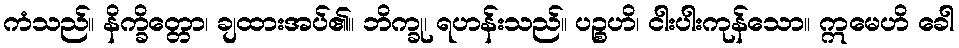
ကံသည်။ နိက္ခိတ္တော၊ ချထားအပ်၏။ ဘိက္ခု၊ ရဟန်းသည်။ ပဉ္စဟိ၊ ငါးပါးကုန်သော။ ဣမေဟိ ခေါ